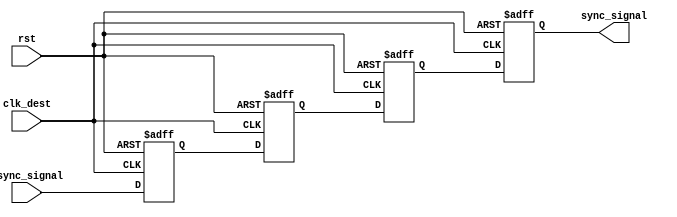
module triple_ff_synchronizer (
    input wire async_signal,   // Input signal from the source clock domain
    input wire clk_dest,       // Clock signal for the destination clock domain
    input wire rst,            // Asynchronous reset signal
    output reg sync_signal      // Synchronized output signal
);

    // Internal signals for the flip-flops
    reg ff1, ff2, ff3;

    // Always block for the flip-flops
    always @(posedge clk_dest or posedge rst) begin
        if (rst) begin
            // Asynchronous reset
            ff1 <= 1'b0;
            ff2 <= 1'b0;
            ff3 <= 1'b0;
            sync_signal <= 1'b0;
        end else begin
            // Capture the async_signal through the flip-flops
            ff1 <= async_signal;  // First flip-flop
            ff2 <= ff1;           // Second flip-flop
            ff3 <= ff2;           // Third flip-flop
            sync_signal <= ff3;   // Synchronized output
        end
    end

endmodule